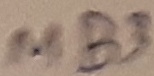
Text: MB3